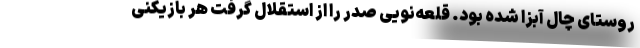
روستای چال آبزا شده بود. قلعه‌نویی صدر را از استقلال گرفت هر بازیکنی